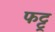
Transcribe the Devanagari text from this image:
फट्टू